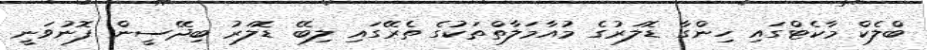
ބްލެކް މާކެޓްގައި ހިންގާ ޑޮލަރުގެ މުއާމަލާތްތަކުގެ ތެރޭގައި ލިބޭ ޑޮލަރު ބިދޭސީން ފޮނުވަނީ